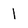
Character: l